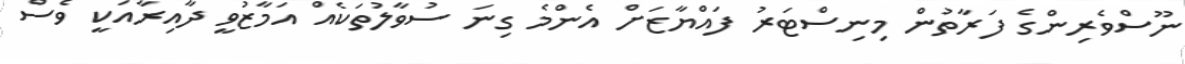
ނޫސްވެރިންގެ ފަރާތުން މިނިސްޓަރު ފައްޔާޒަށް އެންމެ ގިނަ ސުވާލުތަކެއް އަމާޒުވީ ދާއިރާއަކީ ވެސް